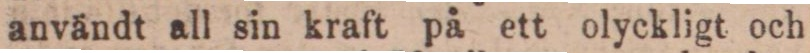
användt all sin kraft på ett olyckligt och